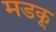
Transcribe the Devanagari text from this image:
मडकू